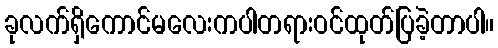
ခုလက်ရှိကောင်မလေးကပါတရားဝင်ထုတ်ပြခဲ့တာပါ။